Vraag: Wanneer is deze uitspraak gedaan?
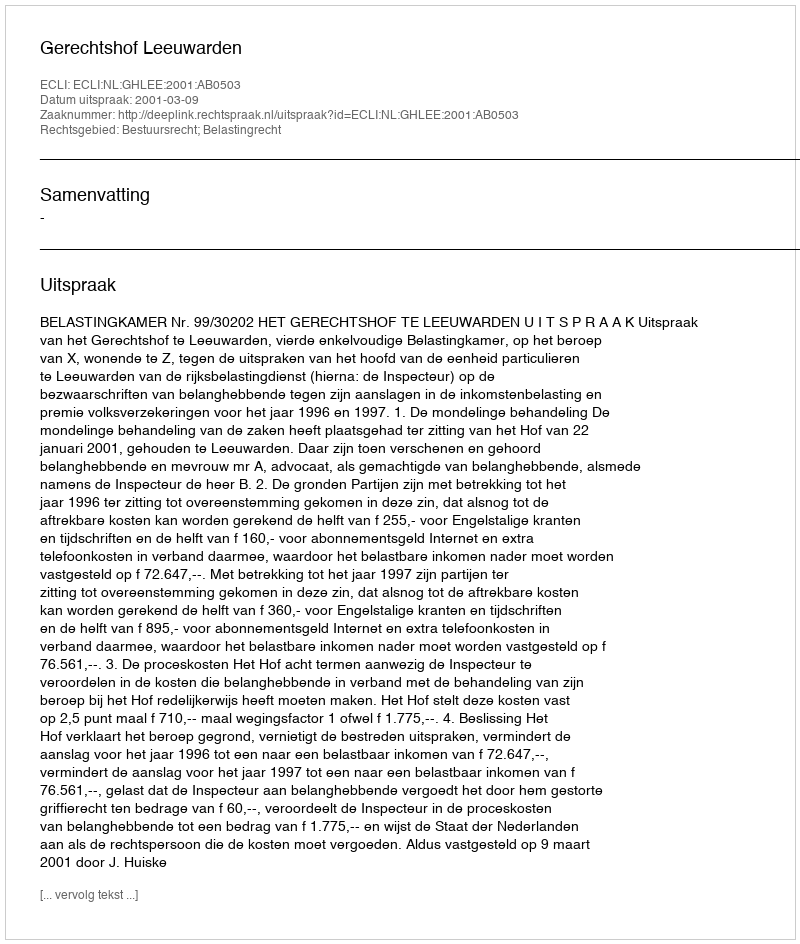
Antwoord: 2001-03-09